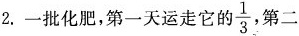
2.一批化肥，第一天运走它的\frac{1}{3}第二